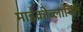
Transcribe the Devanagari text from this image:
माइक्रोब्लागिंग